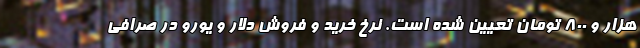
هزار و 800 تومان تعیین شده است. نرخ خرید و فروش دلار و یورو در صرافی